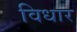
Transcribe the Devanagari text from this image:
विधार